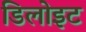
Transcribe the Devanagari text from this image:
डिलोइट